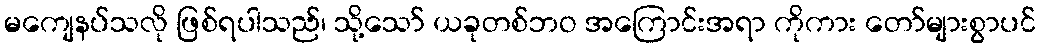
မကျေနပ်သလို ဖြစ်ရပါသည်၊ သို့သော် ယခုတစ်ဘဝ အကြောင်းအရာ ကိုကား တော်များစွာပင်